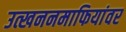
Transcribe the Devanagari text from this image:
उत्खननमाफियांवर